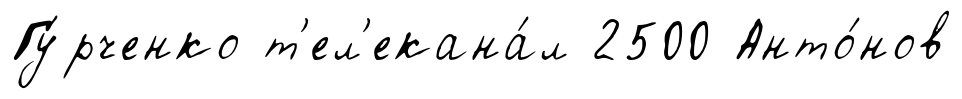
Гу́рченко т'ел'екана́л 2500 Анто́нов